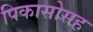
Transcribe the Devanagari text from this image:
पिकासोसह